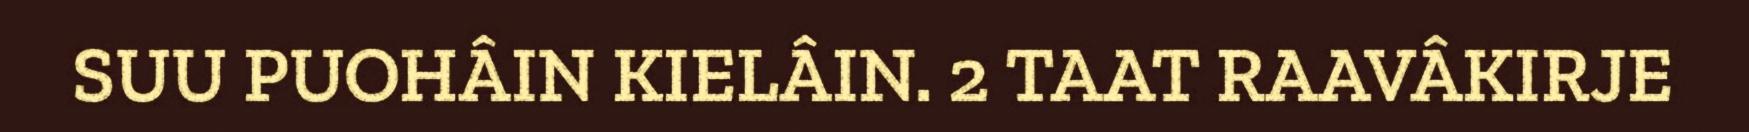
SUU PUOHÂIN KIELÂIN. 2 TAAT RAAVÂKIRJE